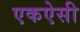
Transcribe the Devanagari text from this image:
एकऐसी